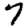
Digit: 7